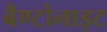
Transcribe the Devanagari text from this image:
बैण्टोनाइट